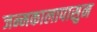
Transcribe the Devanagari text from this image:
जन्मकालापासुन